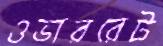
ওভাররেট